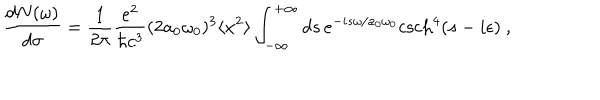
\frac { d N ( \omega ) } { d \sigma } = \frac { 1 } { 2 \pi } \frac { e ^ { 2 } } { \hbar c ^ { 3 } } ( 2 a _ { 0 } \omega _ { 0 } ) ^ { 3 } \langle x ^ { 2 } \rangle \int _ { - \infty } ^ { + \infty } d s \, e ^ { - i s \omega / a _ { 0 } \omega _ { 0 } } \mathrm { c s c h } ^ { 4 } ( s - i \epsilon ) ~ ,